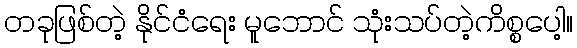
တခုဖြစ်တဲ့ နိုင်ငံရေး မူဘောင် သုံးသပ်တဲ့ကိစ္စပေါ့။